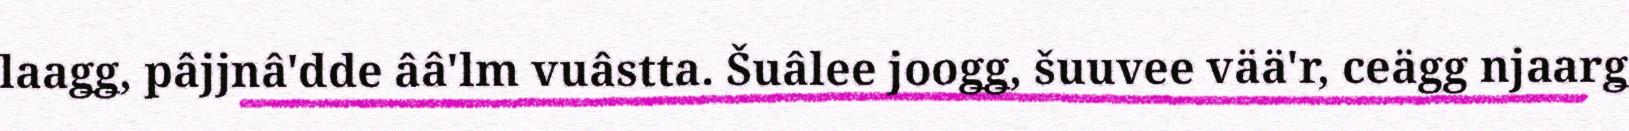
laaǥǥ, pâjjnâ'dde ââ'lm vuâstta. Šuâlee jooǥǥ, šuuvee vää'r, ceägg njaarǥ